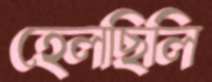
হেলছিলি